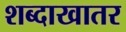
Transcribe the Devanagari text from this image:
शब्दाखातर